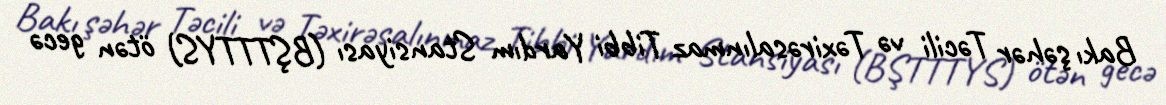
Bakı şəhər Təcili və Təxirəsalınmaz Tibbi Yardım Stansiyası (BŞTTTYS) ötən gecə